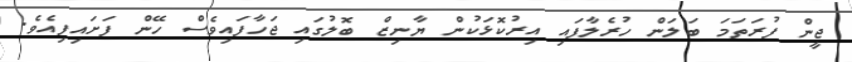
ޖީން ފުރަތަމަ ބަލަން ހުރެލާފައި އިރުކޮޅަކުން ޔާނިޒް ބޮލުގައި ޖަހާފައިވެސް ހޭން ފަށައިފިއެވެ.